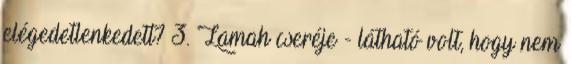
elégedetlenkedett? 3. Lamah cseréje - látható volt, hogy nem